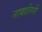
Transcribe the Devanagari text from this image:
नाबालिगी